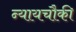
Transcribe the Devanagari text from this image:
न्यायचौकी